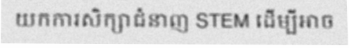
យកការសិក្សាជំនាញ STEM ដើម្បីអាច